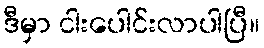
ဒီမှာ ငါးပေါင်းလာပါပြီ။